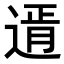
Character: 𨕆